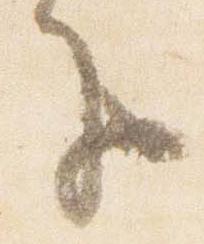
子